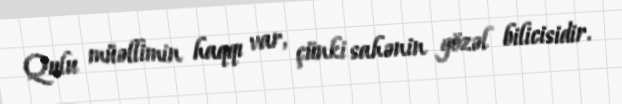
Qulu müəllimin haqqı var, çünki sahənin gözəl bilicisidir.